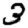
Digit: 3